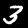
Label: 3